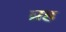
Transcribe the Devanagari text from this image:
घ्रह